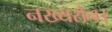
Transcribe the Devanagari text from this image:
नख्यसेन।